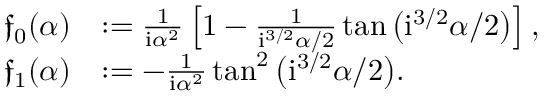
\begin{array} { r l } { \mathfrak { f } _ { 0 } ( { \alpha } ) } & { : = \frac { 1 } { \mathrm { i } \alpha ^ { 2 } } \left[ 1 - \frac { 1 } { \mathrm { i } ^ { 3 / 2 } { \alpha } / 2 } \tan \big ( \mathrm { i } ^ { 3 / 2 } { \alpha } / 2 \big ) \right] , } \\ { \mathfrak { f } _ { 1 } ( { \alpha } ) } & { : = - \frac { 1 } { \mathrm { i } \alpha ^ { 2 } } \tan ^ { 2 } \big ( \mathrm { i } ^ { 3 / 2 } { \alpha } / 2 \big ) . } \end{array}